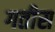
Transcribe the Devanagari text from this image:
गतीस